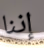
إننا